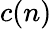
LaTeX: c(n)